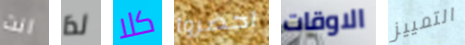
انت لذا كلا احضروا الاوقات التمييز